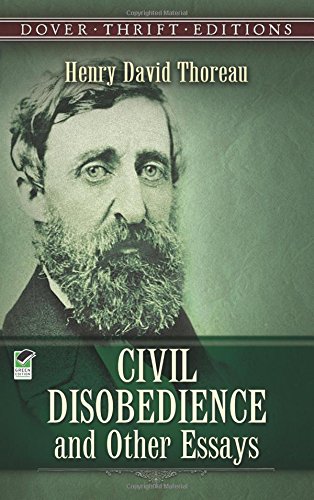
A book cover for Civil Disobedience and Other Essays (Dover Thrift Editions); Henry David Thoreau; Literature & Fiction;